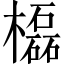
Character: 㰁